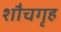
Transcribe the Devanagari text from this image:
शौचगृह